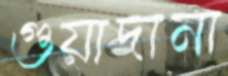
গুয়াদানা